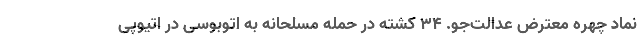
نماد چهره معترض عدالت‌جو. ۳۴ کشته در حمله مسلحانه به اتوبوسی در اتیوپی